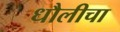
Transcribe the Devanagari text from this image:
धौलीचा